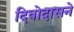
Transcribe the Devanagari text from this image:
दिवोदासने